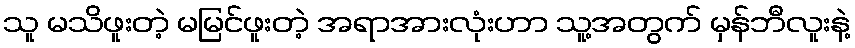
သူ မသိဖူးတဲ့ မမြင်ဖူးတဲ့ အရာအားလုံးဟာ သူ့အတွက် မှန်ဘီလူးနဲ့